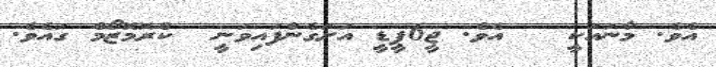
އެވެ. މާނައަކީ   އެވެ. ޖީ6ޕީޑީ އަށަގެންފައިވަނީ  ކްރޮމޮޒޯމް ގައެވެ.